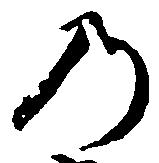
の